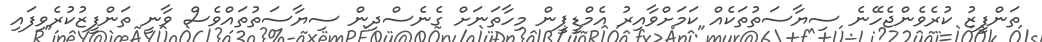
ތަންފީޒު ކުރެވެންޖެހޭނެ ސިޔާސަތުތަކެއް ކަމަށްވާއިރު އެމްޑީޕީން މިހާތަނަށް ގެނެސްދިން ސިޔާސަތުތައްވެސް ވާނީ ތަންފީޒުކުރެވިފައި